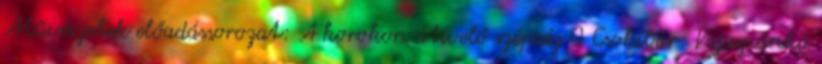
Művészetek előadássorozat: A korokon átívelő szépség 0 Csokibár: Vajaspánkó